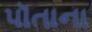
પૉતાના